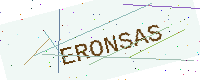
Text: ERONSAS